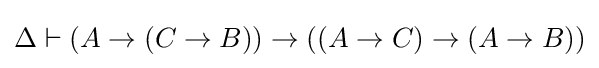
\Delta \vdash (A\to (C\to B))\to ((A\to C)\to (A\to B))